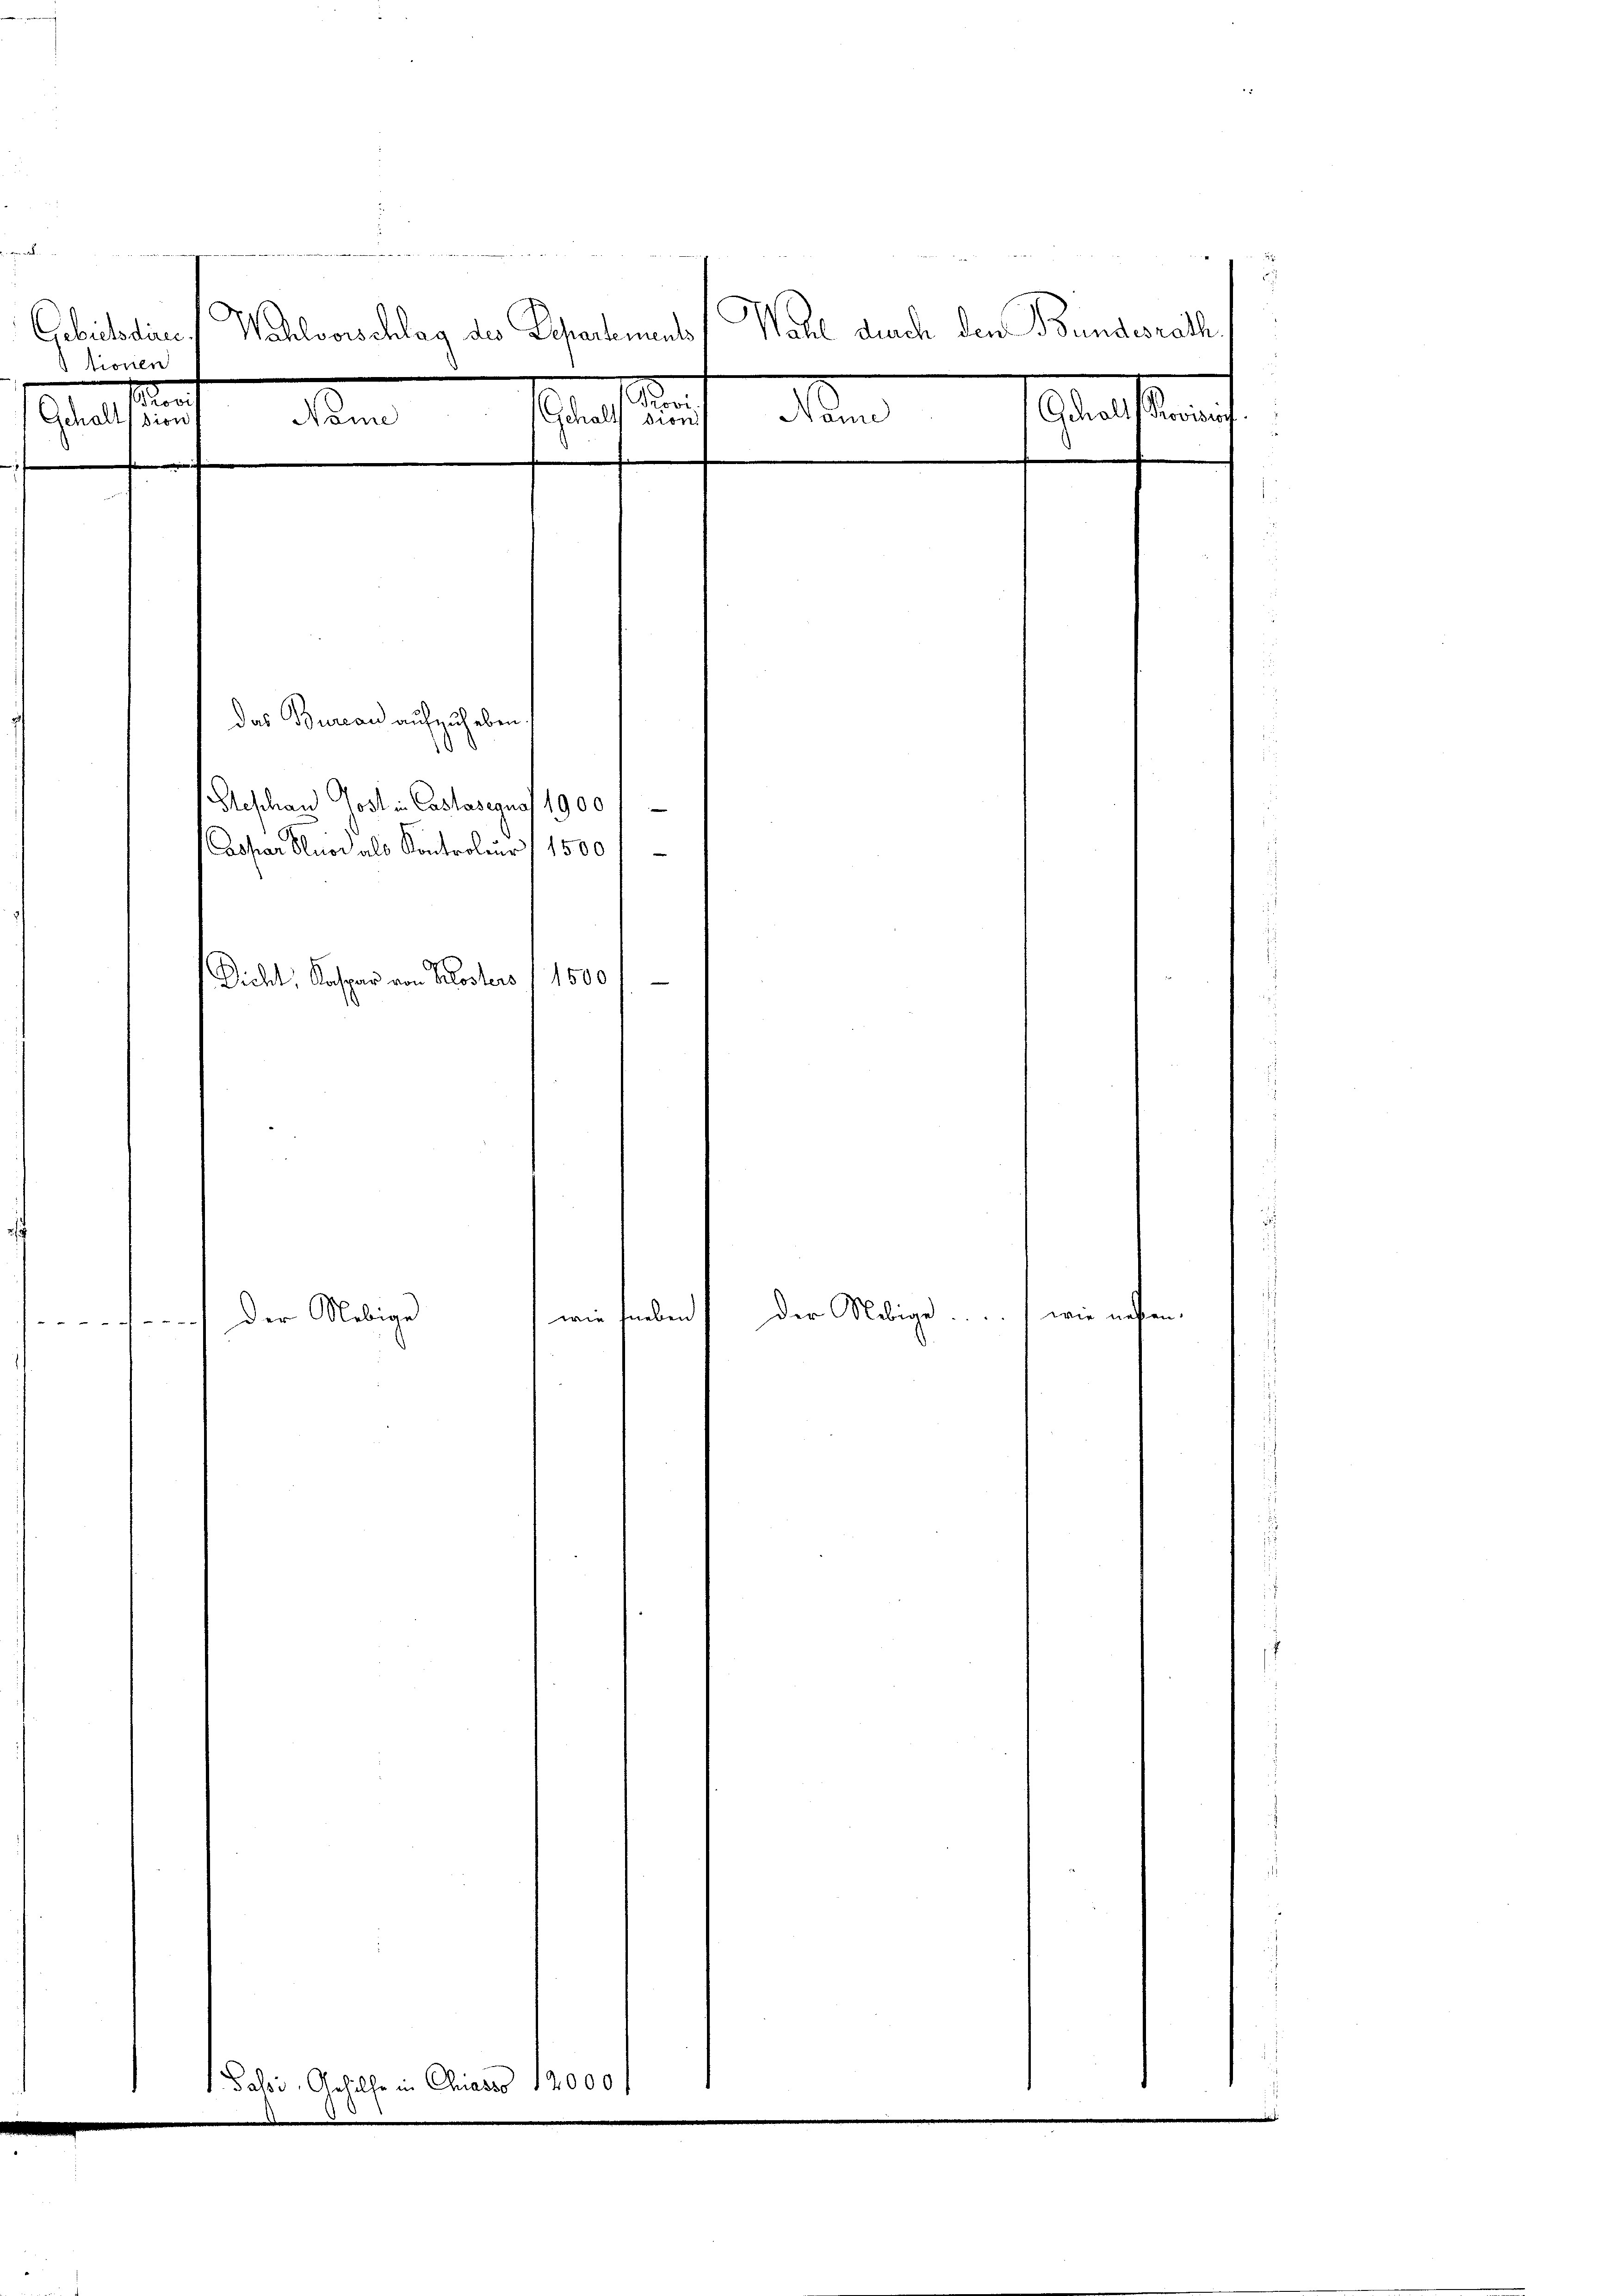
tionen
Gehalts dur
e

500 Fr MG I S. Am Mo
5
Gebietine Wahlvorschlag des Schrockmans Wahl durch den Bundesrath,
sten
n
laestament
Nonne
Gschalf dur
en
d

Das Bureau aufzuheben
Geschan Jost - Castasegno 1900
Caspar Pluod als Kontroler/ 1500
Dichl, Kaspar von Klosters / 1500

wie neben
 xx
t Passi, Gehilfe in Chiasso 12000

Der Nebige

1

der Nebige wie nahten.